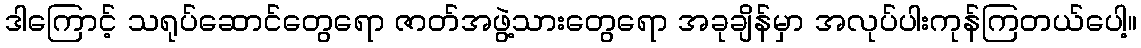
ဒါကြောင့် သရုပ်ဆောင်တွေရော ဇာတ်အဖွဲ့သားတွေရော အခုချိန်မှာ အလုပ်ပါးကုန်ကြတယ်ပေါ့။